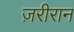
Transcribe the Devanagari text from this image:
ज़रीरान